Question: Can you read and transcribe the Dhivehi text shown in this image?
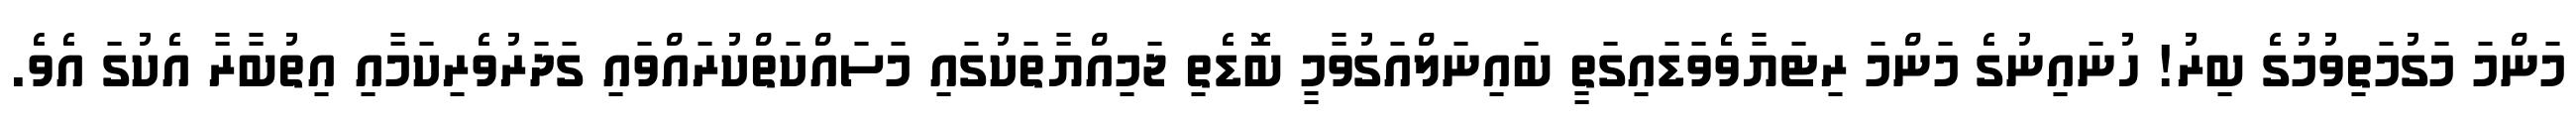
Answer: މަންމަ މަގުމަތިވުމުގެ ބިރު! ހުނައިނުގެ މަންމަ ރިޓަޔާވެވަޑައިގަތީ ބައިނަލްއަގުވާމީ ބޮޑެތި ޖަމިއްޔާތަކުގައި މަސައްކަތްކުރައްވައި ގަދަރުވެރިކަމާއި އިތުބާރާ އެކުގަ އެވެ.